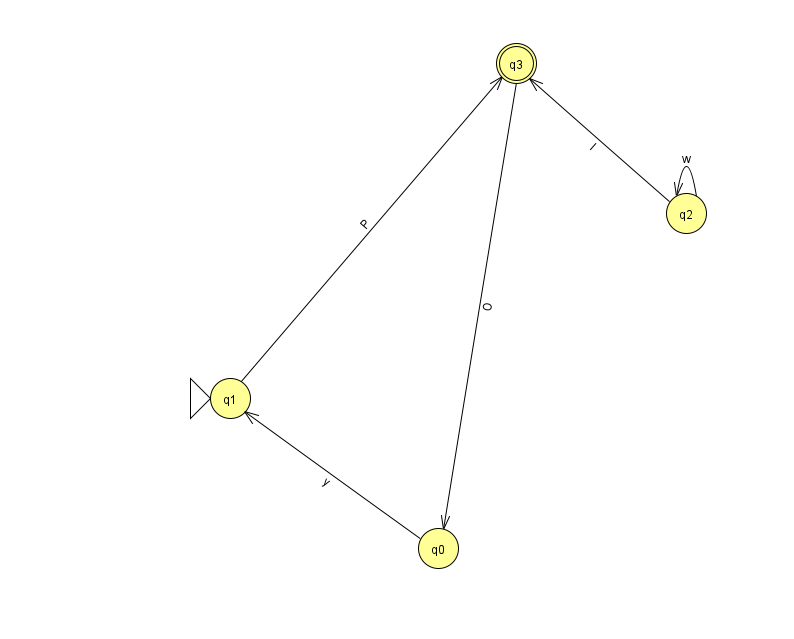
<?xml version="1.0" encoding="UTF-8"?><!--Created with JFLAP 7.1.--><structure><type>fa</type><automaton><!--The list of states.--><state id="0" name="q0"><x>438.0</x><y>535.0</y></state><state id="1" name="q1"><x>230.0</x><y>385.0</y><initial/></state><state id="2" name="q2"><x>686.0</x><y>200.0</y></state><state id="3" name="q3"><x>516.0</x><y>50.0</y><final/></state><!--The list of transitions.--><transition><from>2</from><to>3</to><read>I</read></transition><transition><from>1</from><to>3</to><read>P</read></transition><transition><from>2</from><to>2</to><read>w</read></transition><transition><from>0</from><to>1</to><read>y</read></transition><transition><from>3</from><to>0</to><read>O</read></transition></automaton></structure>